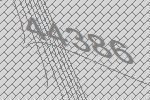
44386